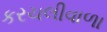
કરચલીવાળા